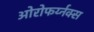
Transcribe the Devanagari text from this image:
ओरोफर्य्नक्स